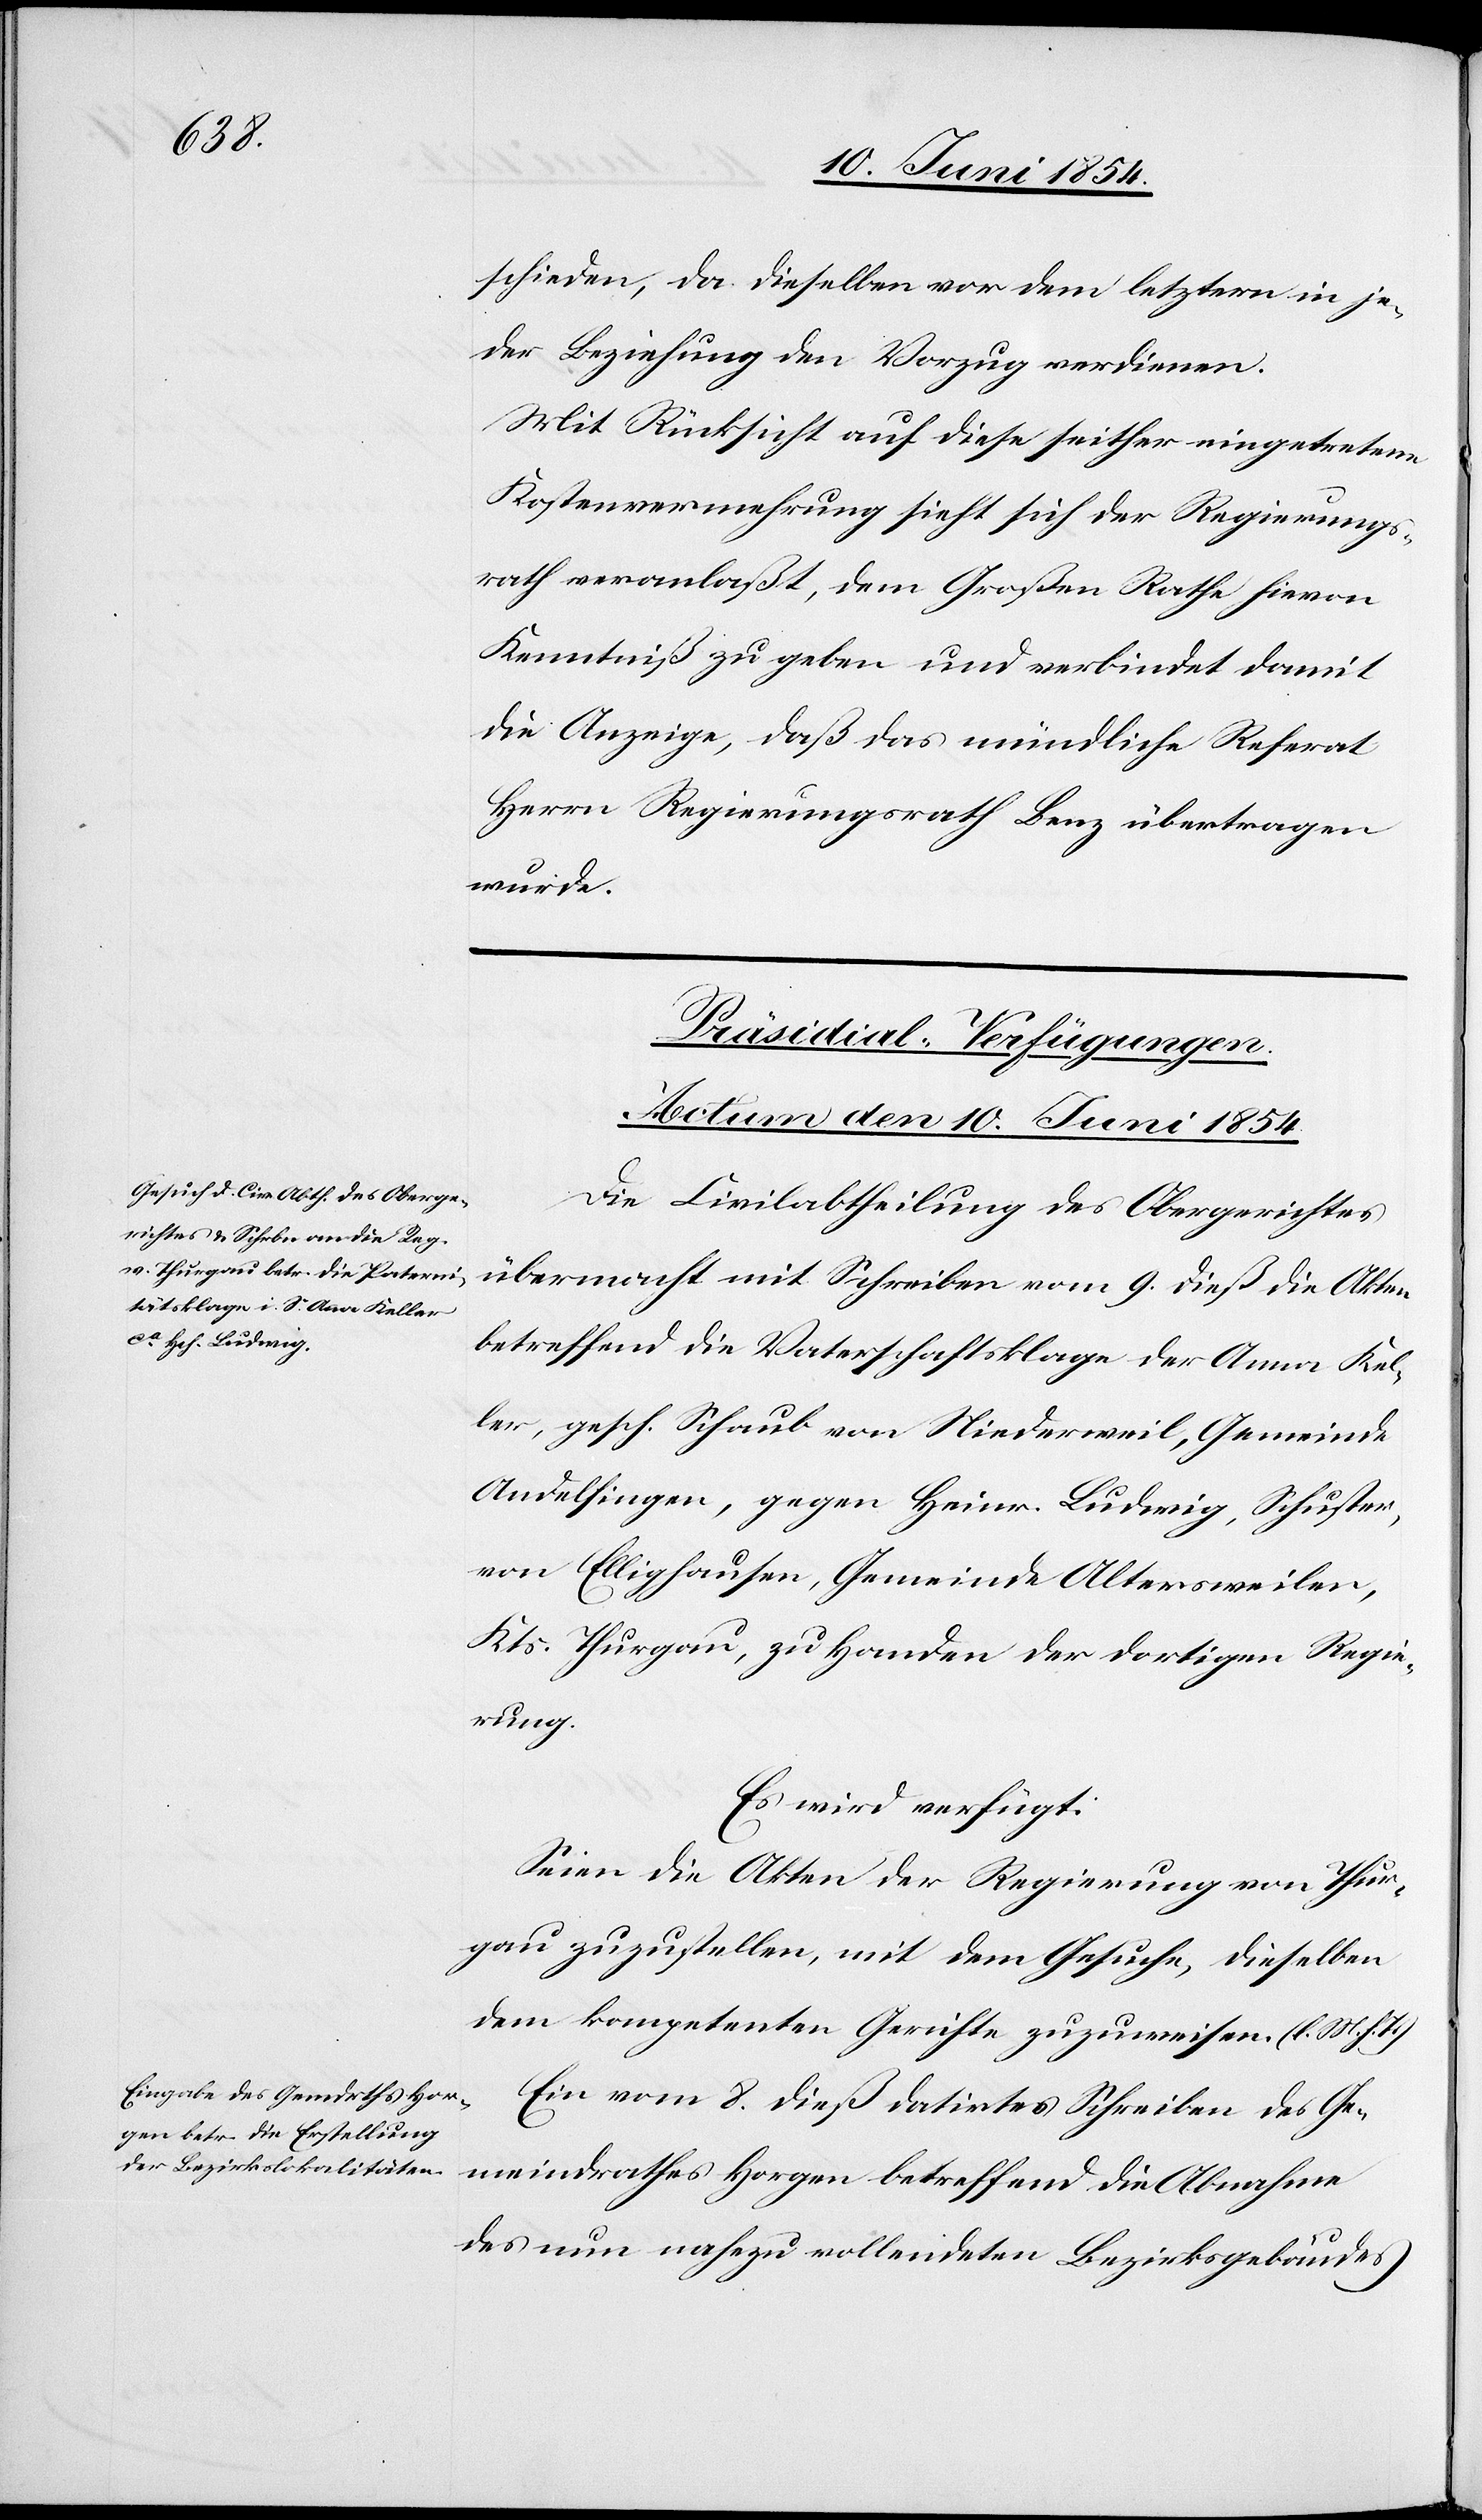
schieden, da dieselben vor dem letztern in je¬
der Beziehung den Vorzug verdienen.
Mit Rücksicht auf diese seither eingetretene
Kostenvermehrung sieht sich der Regierungs¬
rath veranlaßt, dem Großen Rathe hievon
Kenntniß zu geben und verbindet damit
die Anzeige, daß das mündliche Referat
Herrn Regierungsrath Benz übertragen
wurde.
[Präsidial-Verfügungen.
Actum den 10. Juni 1854.]
Die Civilabtheilung des Obergerichtes
übermacht mit Schreiben vom 9. dieß die Akten
betreffend die Vaterschaftsklage der Anna Kel¬
ler, gesch. Schreub von Niederweil, Gemeinde
Andelfingen, gegen Heinr. Ludwig, Schuster,
von Ellighausen, Gemeinde Altersweilen,
Kts. Thurgau, zu Handen der dortigen Regie¬
rung.
Es wird verfügt:
Seien die Akten der Regierung von Thur¬
gau zuzustellen, mit dem Gesuche, dieselben
dem kompetenten Gerichte zuzuweisen. (l. M. h. T.)
Ein vom 8. dieß datirtes Schreiben des Ge¬
meindrathes Horgen betreffend die Abnahme
des nun nahezu vollendeten Bezirksgebäudes